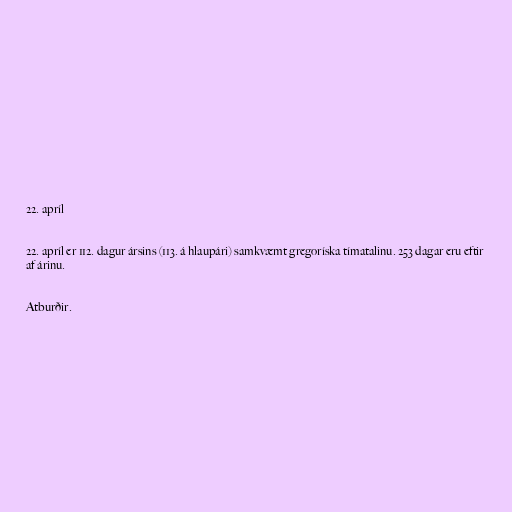
22. apríl

22. apríl er 112. dagur ársins (113. á hlaupári) samkvæmt gregoríska tímatalinu. 253 dagar eru eftir
af árinu.

Atburðir.